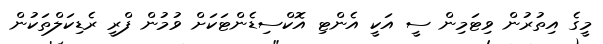
މީގެ އިތުރުން ވިޓަމިން ސީ އަކީ އެންޓި އޮކްސިޑެންޓަކަށް ވުމުން ފްރީ ރެޑިކަލްތަކުން